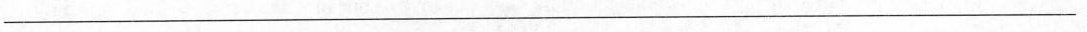
\underline